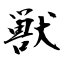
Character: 獣